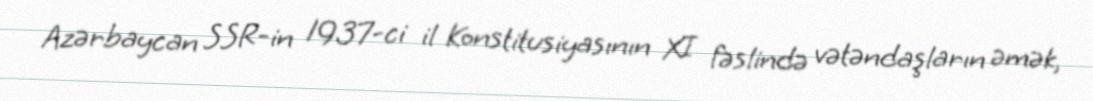
Azərbaycan SSR-in 1937-ci il Konstitusiyasının XI fəslində vətəndaşların əmək,